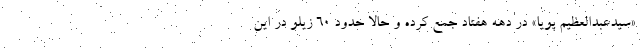
«سیدعبدالعظیم پویا» در دهه هفتاد جمع کرده و حالا حدود ۶۰ زیلو در این